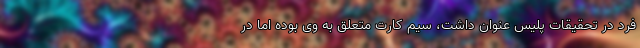
فرد در تحقیقات پلیس عنوان داشت، سیم کارت متعلق به وی بوده اما در